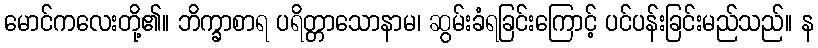
မောင်ကလေးတို့၏။ ဘိက္ခာစာရ ပရိတ္တာသောနာမ၊ ဆွမ်းခံရခြင်းကြောင့် ပင်ပန်းခြင်းမည်သည်။ န